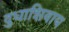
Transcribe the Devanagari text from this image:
दुधाशिवाय